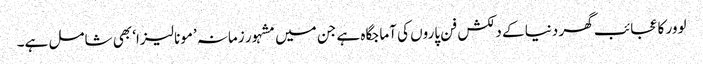
لوور کا عجائب گھر دنیا کے دلکش فن پاروں کی آماجگاہ ہے جن میں مشہور زمانہ ’مونا لیزا‘ بھی شامل ہے۔